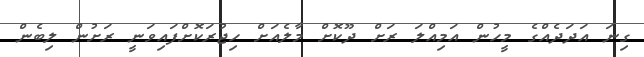
ގިނަ އަދަދެއްގެ މީހުން އަމިއްލަ ރަށް ދޫކޮށް މާލެއަށް ހިޖުރަކޮށްފައިވަނީ ރަށުން ލިބެން